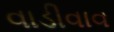
વાડીવાવ